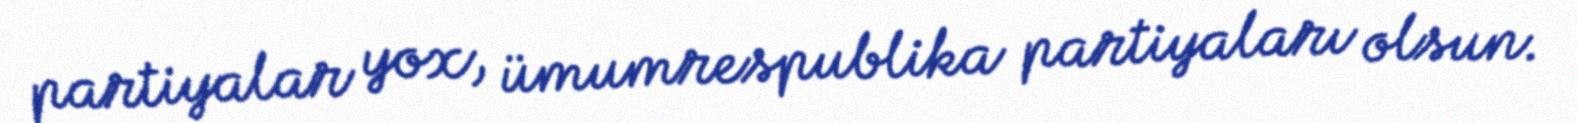
partiyalar yox, ümumrespublika partiyaları olsun.